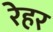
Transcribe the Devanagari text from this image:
रेहर